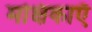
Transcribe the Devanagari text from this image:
मक्षिकाएँ